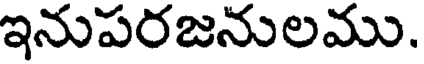
ఇనుపరజనులము.